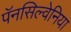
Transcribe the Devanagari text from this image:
पॅनसिल्वेनिया